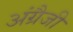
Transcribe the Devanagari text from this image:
अंग्रैजी